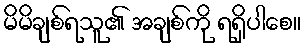
မိမိချစ်ရသူ၏ အချစ်ကို ရရှိပါစေ။